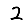
Digit: 2